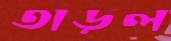
তাড়ল